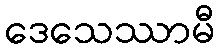
ဒေသေဿာမီ